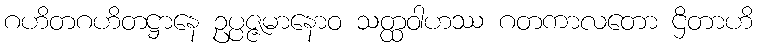
ဂဟိတဂဟိတဋ္ဌာနေ ဥပ္ပဇ္ဇမာနောဝ သတ္ထဝါဟဿ ဂတကာလတော ဌိတာဟိ